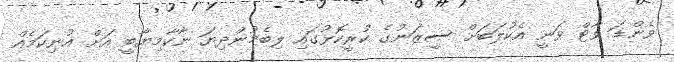
ވެންޑަ ވާޓް ވަނީ އެކުލަބަށް ސީޒަނުގެ ކުރީކޮޅުގައި ލިބެމުންދިޔަ ނާކާމިޔާބީ އަށް އުނިކަމެއް